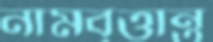
নামবৃত্তান্ত